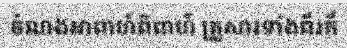
ចំណងអាពាហ៍ពិពាហ៍ គ្រួសារទាំងពីរក៏